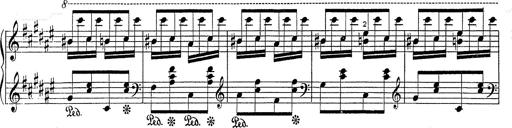
Title: Hungarian Rhapsody No.2
Composer: Franz Liszt
Key: C-sharp minor